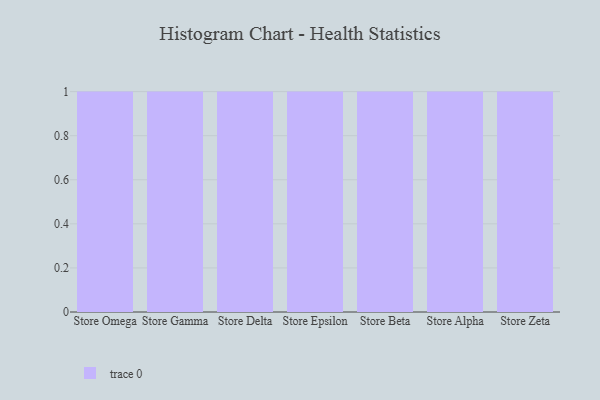
{"axis": {"x": "Store", "y": "Backlog"}, "legend": [""], "data": [{"x": "Store Omega", "y": 37, "type": ""}, {"x": "Store Gamma", "y": 53, "type": ""}, {"x": "Store Delta", "y": 52, "type": ""}, {"x": "Store Epsilon", "y": 75, "type": ""}, {"x": "Store Beta", "y": 23, "type": ""}, {"x": "Store Alpha", "y": 56, "type": ""}, {"x": "Store Zeta", "y": 34, "type": ""}]}